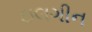
ઇલગીન